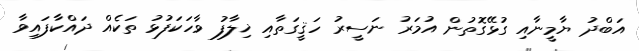
އަބްދު ޔާމީނާއި ގުޅޭގޮތުން އުމަރު ނަސީރު ހަޤީގަތާއި ޚިލާފު ވާހަކަފުޅު ތަކެއް ދައްކާފައިވާ